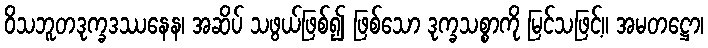
ဝိသဘူတဒုက္ခဒဿနေန၊ အဆိပ် သဖွယ်ဖြစ်၍ ဖြစ်သော ဒုက္ခသစ္စာကို မြင်သဖြင့်။ အမတဋ္ဌော၊